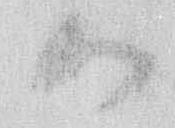
御